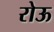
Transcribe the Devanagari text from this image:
रोऊ